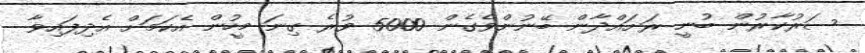
ސަރުކާރުން ބުނީ ރަށައްދާން ބޭނުންވެގެން 5000 ވުރެ ގިނަ މީހުން އެކަމަށް އެދިފައިވާ